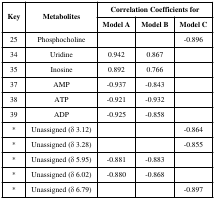
| <ROWSPAN=2> Key | <ROWSPAN=2> Metabolites | <COLSPAN=3> Correlation Coefficients for |
 | Model A | Model B | Model C |
 | --- | --- | --- | --- | --- |
 | 25 | Phosphocholine |  |  | -0.896 |
 | 34 | Uridine | 0.942 | 0.867 |  |
 | 35 | Inosine | 0.892 | 0.766 |  |
 | 37 | AMP | -0.937 | -0.843 |  |
 | 38 | ATP | -0.921 | -0.932 |  |
 | 39 | ADP | -0.925 | -0.858 |  |
 | * | Unassigned (δ 3.12) |  |  | -0.864 |
 | * | Unassigned (δ 3.28) |  |  | -0.855 |
 | * | Unassigned (δ 5.95) | -0.881 | -0.883 |  |
 | * | Unassigned (δ 6.02) | -0.880 | -0.868 |  |
 | * | Unassigned (δ 6.79) |  |  | -0.897 |